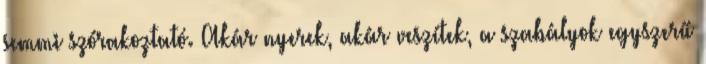
semmi szórakoztató. Akár nyerek, akár veszítek, a szabályok egyszerű